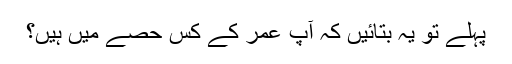
پہلے تو یہ بتائیں کہ آپ عمر کے کس حصے میں‌ ہیں؟